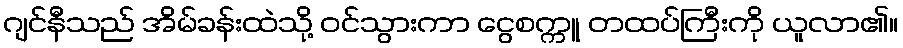
ဂျင်နီသည် အိမ်ခန်းထဲသို့ ဝင်သွားကာ ငွေစက္ကူ တထပ်ကြီးကို ယူလာ၏။